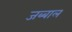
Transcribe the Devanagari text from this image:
जब्बाल